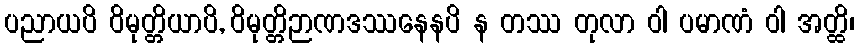
ပညာယပိ ဝိမုတ္တိယာပိ, ဝိမုတ္တိဉာဏဒဿနေနပိ န တဿ တုလာ ဝါ ပမာဏံ ဝါ အတ္ထိ၊